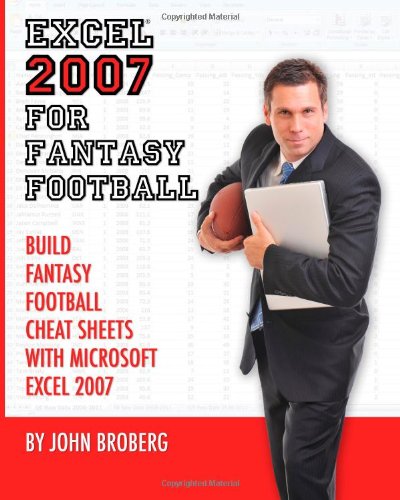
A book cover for Excel 2007 for Fantasy Football: Build Fantasy Football Cheat Sheets with Microsoft Excel 2007; John Broberg; Humor & Entertainment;